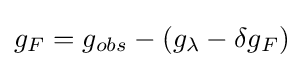
g_{F}=g_{obs}-(g_{\lambda }-\delta g_{F})